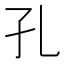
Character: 孔